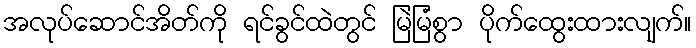
အလုပ်ဆောင်အိတ်ကို ရင်ခွင်ထဲတွင် မြဲမြံစွာ ပိုက်ထွေးထားလျက်။